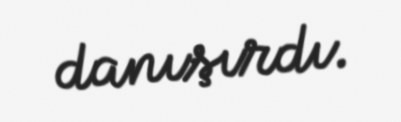
danışırdı.